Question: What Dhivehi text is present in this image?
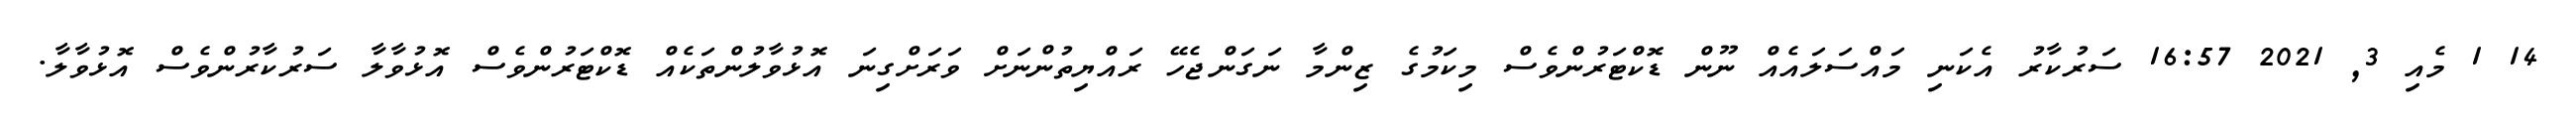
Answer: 14 1 މެއި 3, 2021 16:57 ސަރުކާރު އެކަނި މައްސަލައެއް ނޫން ޑޮކްޓަރުންވެސް މިކަމުގެ ޒިންމާ ނަގަންޖެހޭ ރައްޔިތުންނަށް ވަރަށްގިނަ އޮޅުވާލުންތަކެއް ޑޮކްޓަރުންވެސް އޮޅުވާލާ ސަރުކާރުންވެސް އޮޅުވާލާ.